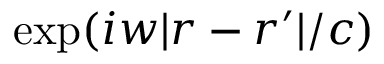
\exp ( i w | \boldsymbol { r } - \boldsymbol { r } ^ { \prime } | / c )